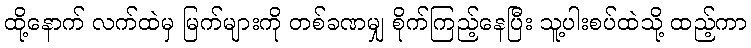
ထို့နောက် လက်ထဲမှ မြက်များကို တစ်ခဏမျှ စိုက်ကြည့်နေပြီး သူ့ပါးစပ်ထဲသို့ ထည့်ကာ